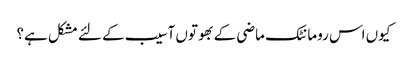
کیوں اس رومانٹک ماضی کے بھوتوں آسیب کے لئے مشکل ہے؟